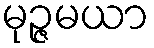
မုဉ္ဇမယာ